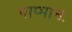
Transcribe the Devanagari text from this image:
पाप्मानः